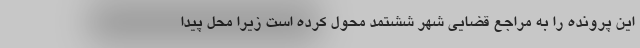
این پرونده را به مراجع قضایی شهر ششتمد محول کرده است زیرا محل پیدا